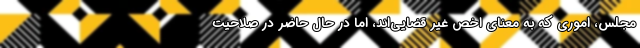
مجلس، اموری که به معنای اخص غیر قضایی‌اند، اما در حال حاضر در صلاحیت